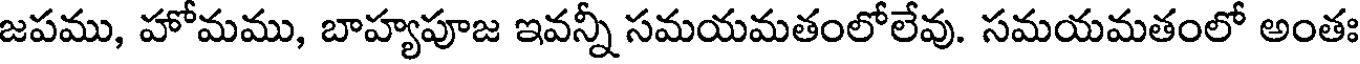
జపము, హోమము, బాహ్యపూజ ఇవన్నీ సమయమతంలోలేవు. సమయమతంలో అంతః